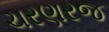
ચરણરજ